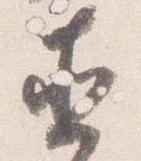
直